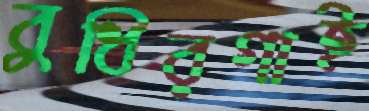
বুধিরগাই